Report on the nature of kala-azar
Disease focus: Kala-Azar
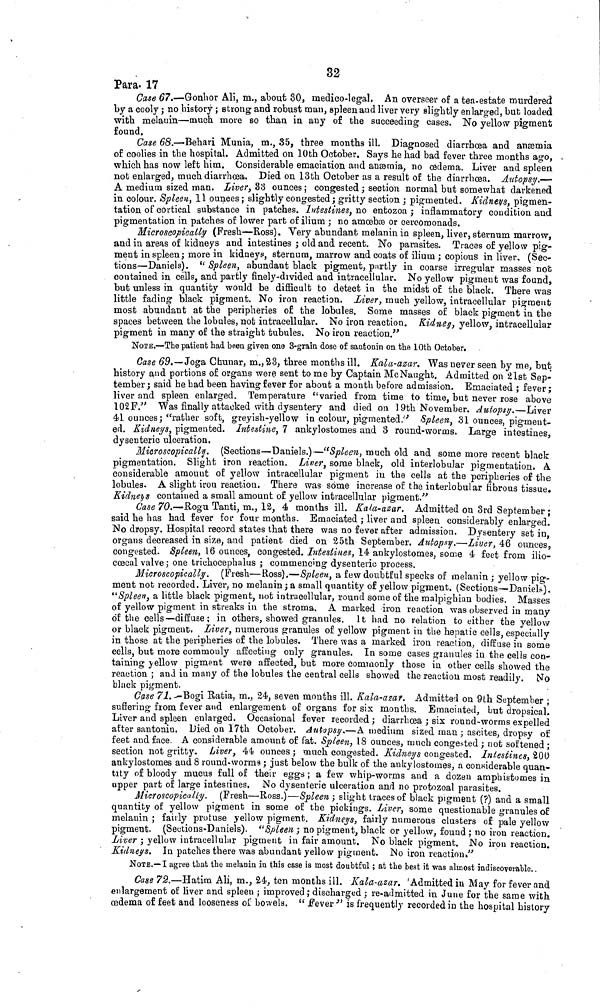
32
Para. 17
Case 67.—Gonhor Ali, m., about 30, medico-legal, An overseer of a tea-estate murdered
by a cooly ; no history ; strong and robust man, spleen and liver very slightly enlarged, but loaded
with melauin—much more so than in any of the succeeding cases. No yellow pigment
found.
Case 68.—Behari Munia, m., 35, three months ill. Diagnosed diarrhoea and anæmia
of coolies in the hospital. Admitted on 10th October. Says he had bad fever three months ago,
which has now left him. Considerable emaciation and anæmia, no œdema. Liver and spleen.
not enlarged, much diarrhoea. Died on 13th October as a result of the diarrhœa. Autopsy.
A medium sized man. Liver, 33 ounces; congested; section normal but somewhat darkened
in colour. Spleen, 11 ounces ; slightly congested; gritty section ; pigmented. Kidneys, pigmen-
tation of cortical substance in patches. Intestines, no entozoa ; inflammatory condition and
pigmentation in patches of lower part of ilium ; no amœbæ or cercomonads.
Microscopically (Fresh—Ross). Very abundant melanin in spleen, liver, sternum marrow,
and in areas of kidneys and intestines ; old and recent. No parasites. Traces of yellow pig-
ment in spleen; more in kidneys, sternum, marrow and coats of ilium ; copious in liver, (Sec-
tions—Daniels). "Spleen, abundant black pigment, partly in coarse irregular masses not
contained in cells, and partly finely-divided and intracellular. No yellow pigment was found
but unless in quantity would be difficult to detect in the midst of the black. There was
little fading black pigment. No iron reaction. Liver, much yellow, intracellular pigment
most abundant at the peripheries of the lobules. Some masses of black pigmentin the
spaces between the lobules, not intracellular. No iron reaction. Kidney, yellow intracellular
pigment in many of the straight tubules. No iron reaction."
NOTE.-—The patient had been given one 3-grain dose of santonin on the 10th October.
Case 69.—Joga Chunar, m., 23, three months ill. Kala-azar. Was never seen by me, but
history and portions of organs were sent to me by Captain McNaught. Admitted on 21st 'Sep-
tember ; said he had been having fever for about a month before admission. Emaciated · fever ·
liver and spleen enlarged. Temperature "varied from time to time, but never rose above
102 F." Was finally attacked with dysentery and died on 19th November. Autopsy.—Liver
41 ounces; "rather soft, greyish-yellow in colour, pigmented.' Spleen, 31 ounces, pigment-
ed. Kidneys, pigmented. Intestine, 7 ankylostomes and 3 round-worms, Large intestines
dysenteric ulceration.
Microscopically. (Sections—Daniels.) —"Spleen, much old and some more recent black
pigmentation. Slight iron reaction. Liver, some black, old interlobular pigmentation. A
considerable amount of yellow intracellular pigment in the cells at the peripheries of the
lobules. A slight iron reaction. There was some increase of the interlobular fibrous tissue.
Kidneys contained a small amount of yellow intracellular pigment."
Case 70.—Rogu Tanti, m., 12, 4 months ill. Kala-azar. Admitted on 3rd September ;
said he has had fever for four months. Emaciated ; liver and spleen considerably enlarged.
No dropsy. Hospital record states that there was no fever after admission. Dysentery set in,
organs decreased in size, and patient died on 25th September. Autopsy.—Liver, 46 ounces,
congested. Spleen, 16 ounces, congested. Intestines, 14 ankylostomes, some 4 feet from ilio-
cœcal valve; one trichocephalus ; commencing dysenteric process.
Microscopically. (Fresh— Ross).—Spleen, a few doubtful specks of melanin ; yellow pig
ment not recorded. Liver, no melanin; a small quantity of yellow pigment. (Sections—Daniels).
"Spleen, a little black pigment, not intracellular, round some of the malpighian bodies. Masses
of yellow pigment in streaks in the stroma. A marked iron reaction was observed in many
of the cells—diffuse; in others, showed granules. It had no relation to either the yellow
or black pigment. Liver, numerous granules of yellow pigment in the hepatic cells, especially
in those at the peripheries of the lobules. There was a marked iron reaction, diffuse in some
cells, but more commonly affecting only granules. In some cases granules in the cells con-
taining yellow pigment were affected, but more commonly those in other cells showed the
reaction ; and in many of the lobules the central cells showed the reaction most readily. No
black pigment.
Case 71-Bogi Ratia, m., 24, seven mouths ill. Kala-azar. Admitted on 9th September ;
suffering from fever and enlargement of organs for six months. Emaciated, but dropsical-
Liver and spleen enlarged. Occasional fever recorded; diarrhœa ; six round-worms expelled
after santonin. Died on 17th October. Autopsy.—A medium sized man ; ascites, dropsy of
feet and face. A considerable amount of fat. Spleen, 18 ounces, much congested ; not softened ·
section not gritty. Liver, 44 ounces ; much congested. Kidneys cougested. Intestines 200
ankylostomes and 8 round-worms ; just below the bulk of the ankylostomes, a considerable quan-
tity of bloody mucus full of their eggs ; a few whip-worms and a dozen amphistomes in
upper part of large intestines. No dysenterie ulceration and no protozoal parasites.
Microscopically. (Fresh—Ross.)—Spleen ; slight traces of black pigment (?) and a small
quantity of yellow pigment in some of the pickings. Liver, some questionable granules of
melauin ; fairly protuse yellow pigment. Kidneys, fairly numerous clusters of pale yellow
pigment. (Sections-Daniels). "Spleen ; no pigment, black or yellow, found ; no iron reaction
Liver ; yellow intracellular pigment in fair amount. No black pigment. No iron reaction!
Kidneys. In patches there was abundant yellow pigment. No iron reaction."
NOTE.-I agree that the melanin in this case is most doubtful ; at the best it was almost indiecoverable..
Case 72.—Hatim Ali, m., 24, ten months ill. Kala-azar. Admitted in May for fever and
enlargement of liver and spleen ; improved ; discharged ; re-admitted in June for the same with
œdema of feet and looseness of bowels. "fever" is frequently recorded in the hospital history